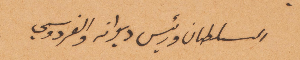
السلطان ورئيس ديوانه والفردوسي